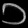
Digit: ၁